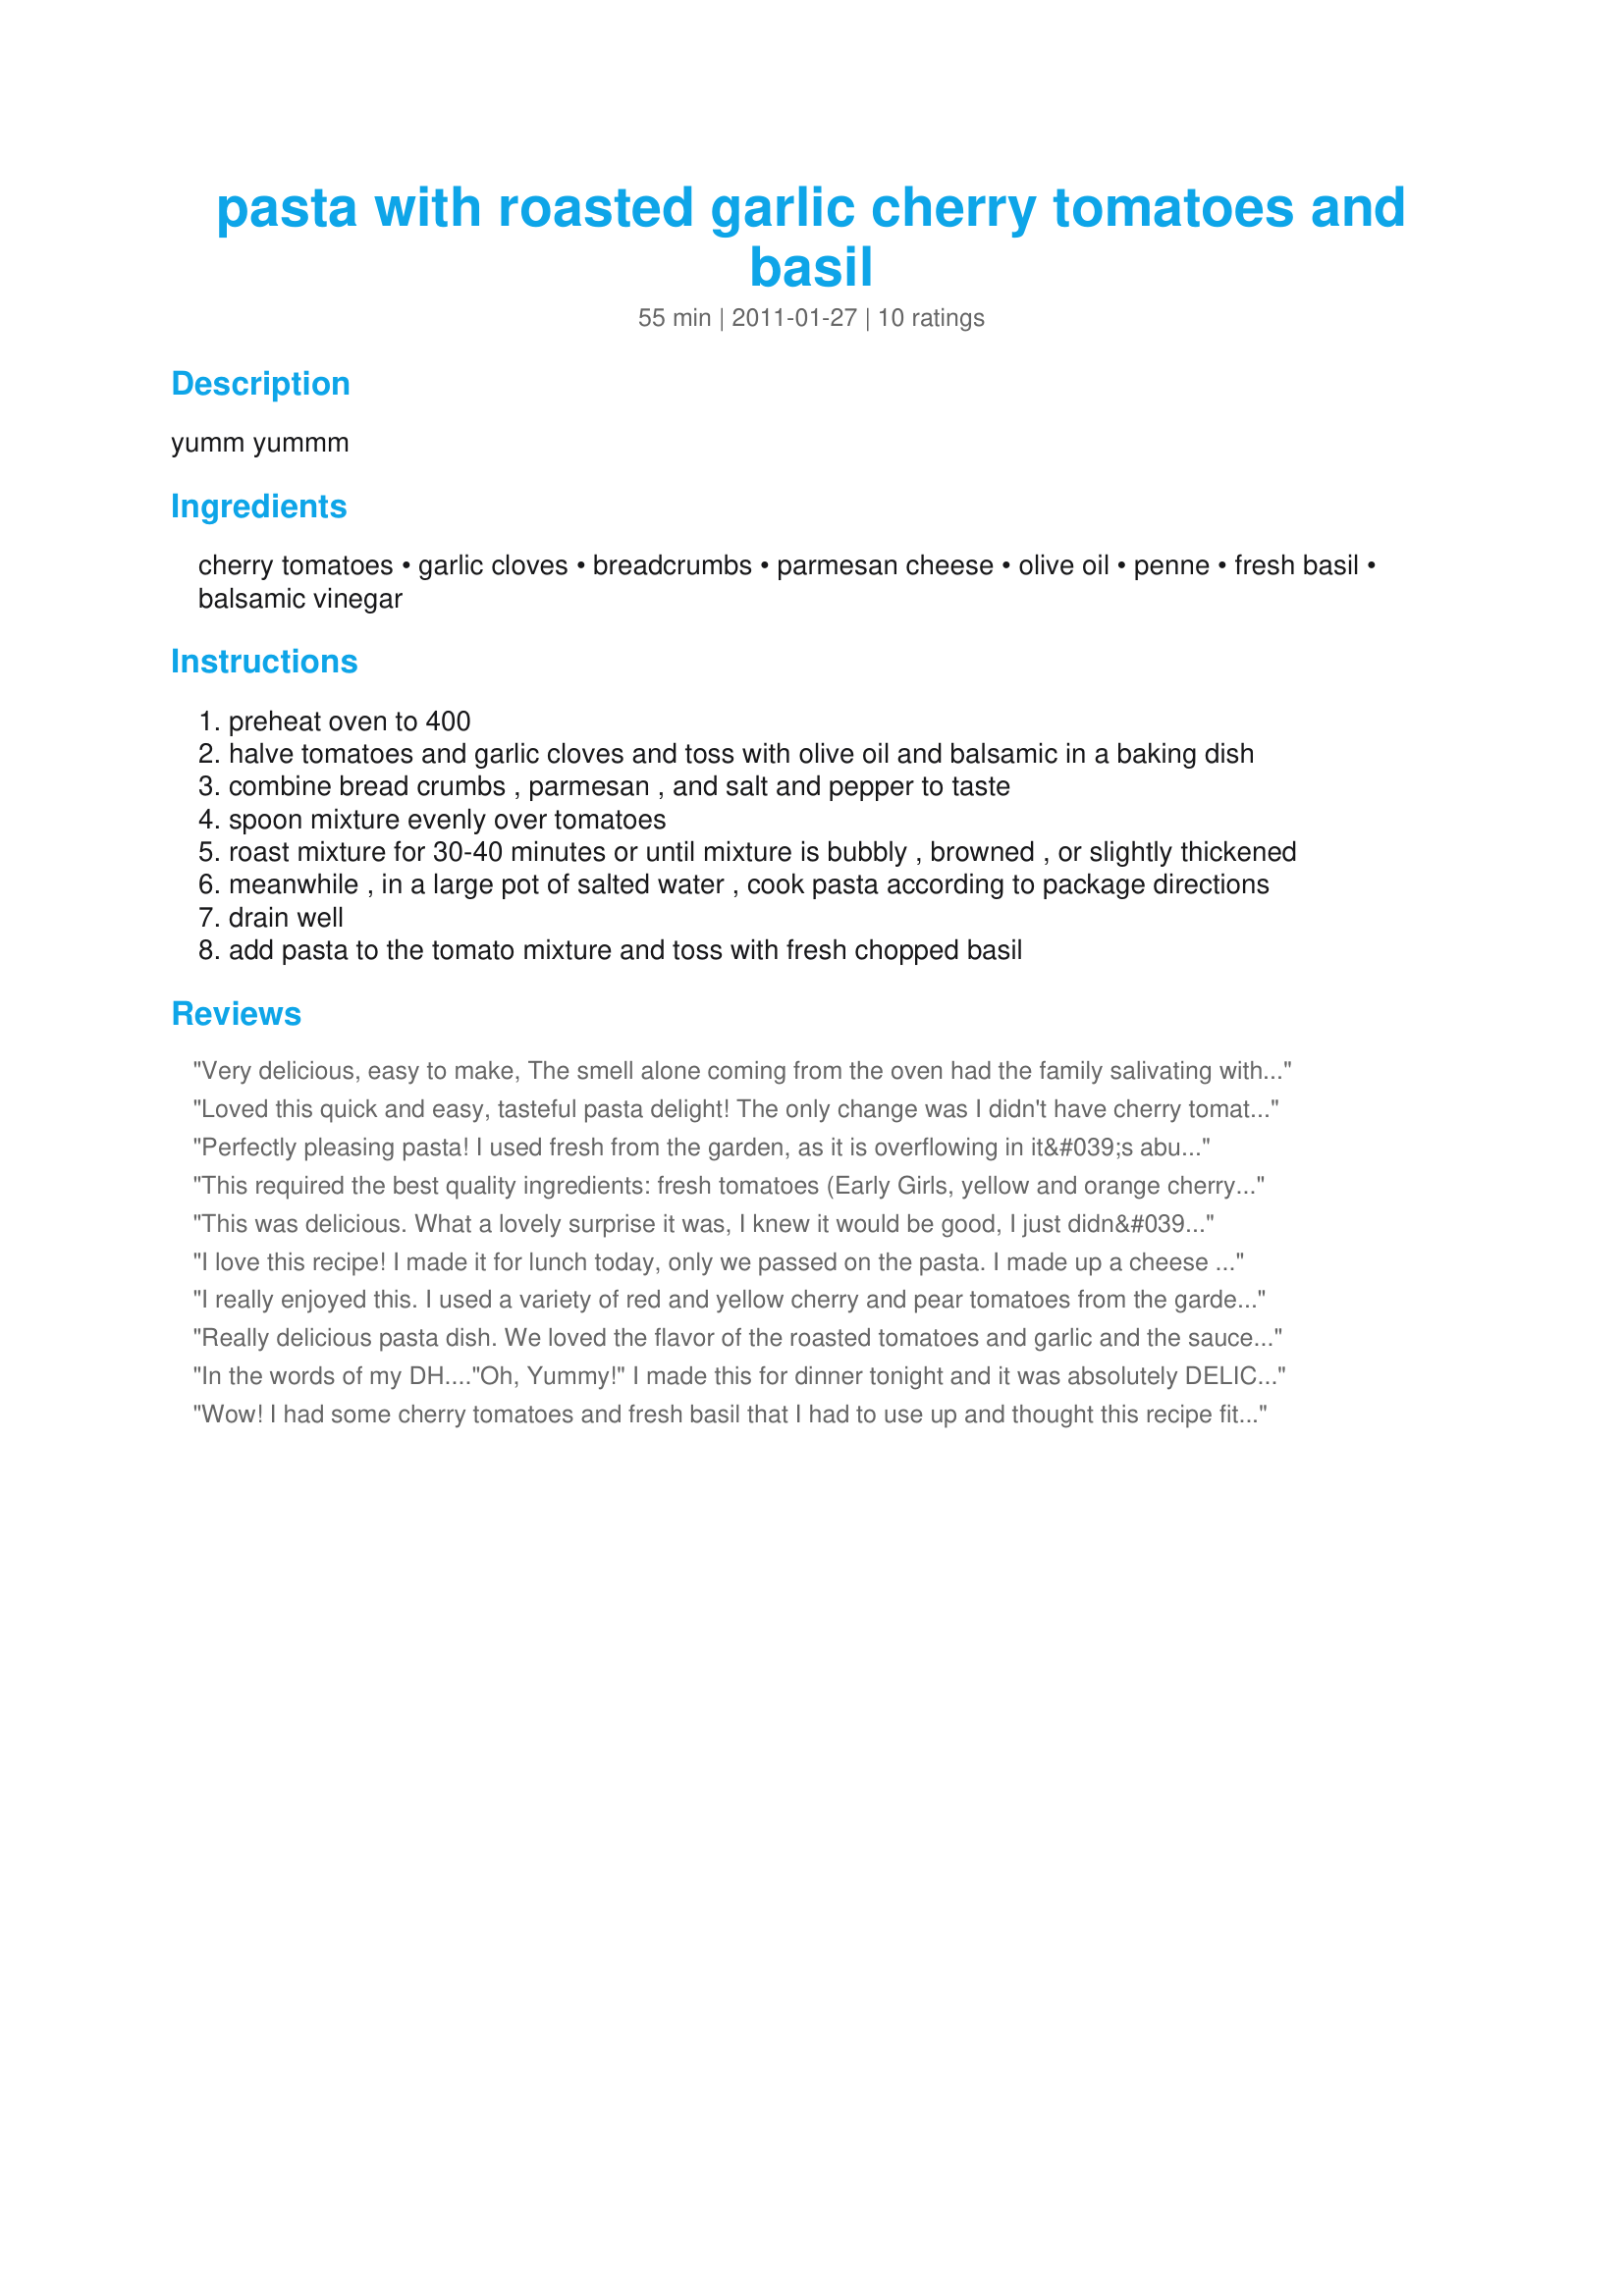
pasta with roasted garlic cherry tomatoes and basil
Preparation time: 55 minutes

yumm yummm

Ingredients:
cherry tomatoes, garlic cloves, breadcrumbs, parmesan cheese, olive oil, penne, fresh basil, balsamic vinegar

Steps:
preheat oven to 400
halve tomatoes and garlic cloves and toss with olive oil and balsamic in a baking dish
combine bread crumbs , parmesan , and salt and pepper to taste
spoon mixture evenly over tomatoes
roast mixture for 30-40 minutes or until mixture is bubbly , browned , or slightly thickened
meanwhile , in a large pot of salted water , cook pasta according to package directions
drain well
add pasta to the tomato mixture and toss with fresh chopped basil

Reviews:
Very delicious, easy to make, The smell alone coming from the oven had the family salivating with forks in hand.
Loved this quick and easy, tasteful pasta delight! The only change was I didn't have cherry tomatoes, but had some juicy farm tomatoes that I sliced in quarters. Be sure to add the balsamic vinegar, it goes well here. I thought it would be more saucy, but once you put it on your pasta, take your fork and bust through the tomatoes the roasted garlic, and the juices go right into the pasta, creating a lovely sauce. Thanks for posting! Made for ZWT7
Perfectly pleasing pasta! I used fresh from the garden, as it is overflowing in it&#039;s abundance now. This was simple and tasty, made with items on hand; even picky DS cleaned his plate. Quite the compliment! Thanks for sharing sofie-a-toast!
This required the best quality ingredients: fresh tomatoes (Early Girls, yellow and orange cherry toms) and garlic from my brother's garden and fresh basil from our CSA box. I toasted the breadcrumbs separately in a dry cast iron skillet, set them aside them stirred in freshly grated parmesan. Next time I'll use fresh pasta and not dried. Easy! Loved the balsamic with the tomatoes! Reviewed for Veg Tag/September.
This was delicious. What a lovely surprise it was, I knew it would be good, I just didn&#039;t know how good. We really enjoyed this subtly flavored pasta. It was perfect served with gaucho style steak and Argentinian chimichurri sauce. I really enjoyed the fusion of flavors.Thank you for sharing this quick and easy to make recipe. Made for Culinary Quest for the Suitcase Gourmets.
I love this recipe! I made it for lunch today, only we passed on the pasta. I made up a cheese board, cut up some meats and salami, and used your tomato dish to dip toasted Italian bread into. I have no idea what&#039;s for dinner because I&#039;m stuffed! Super easy to put together, loaded with flavor &amp; with my tomatoes ripening like gang busters no doubt I will be making this again!
I really enjoyed this. I used a variety of red and yellow cherry and pear tomatoes from the garden , 10 cloves of garlic, panko breadcrumbs, delicious Italian olive oil and campanelle pasta (along with all of the other ingredients.) I loved how easy it was to mix everything together and roast it while I cooked the pasta and prepared a salad. I finished it off with an extra drizzle of olive oil and salt and pepper to taste. Very easy and tasty! :)
Really delicious pasta dish. We loved the flavor of the roasted tomatoes and garlic and the sauce the olive oil and balsamic vinegar created during the roasting process. We tossed it with some rotini and it makes a great hot pasta salad. Delicious! Made for ZWT 7.
In the words of my DH...."Oh, Yummy!" I made this for dinner tonight and it was absolutely DELICIOUS!! The only thing I did different was half the recipe and add fresh chopped basil to the bread mixture. (I also put fresh basil on top before we ate it) I think this recipe has alot of possibilities for use of different roasted veggies, too! Thanks for this yummy healthy recipe!
Wow! I had some cherry tomatoes and fresh basil that I had to use up and thought this recipe fit the bill. My husband was prepared not to like it so he was blown away when it turned out just as all your reviewers had rated it - 5 stars! Simple and yummy - thanks for posting - I have a feeling it's going to be a staple around here especially during the summer months when the fresh tomatoes and basil become plentiful at our local farmers' market.
